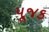
પૂજક